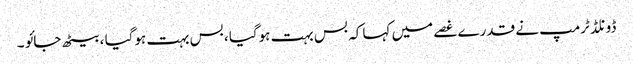
ڈونلڈ ٹرمپ نے قدرے غصے میں کہا کہ بس بہت ہوگیا ، بس بہت ہوگیا ، بیٹھ جائو ۔